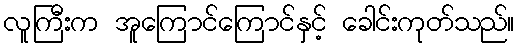
လူကြီးက အူကြောင်ကြောင်နှင့် ခေါင်းကုတ်သည်။